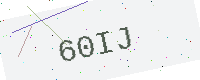
Text: 60IJ